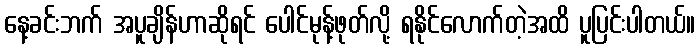
နေ့ခင်းဘက် အပူချိန်ဟာဆိုရင် ပေါင်မုန့်ဖုတ်လို့ ရနိုင်လောက်တဲ့အထိ ပူပြင်းပါတယ်။